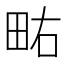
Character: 𰢿